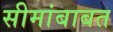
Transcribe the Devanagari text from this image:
सीमांबाबत